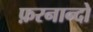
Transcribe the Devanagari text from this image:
फ़रनान्दो